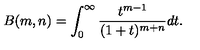
B ( m , n ) = \int _ { 0 } ^ { \infty } \frac { t ^ { m - 1 } } { ( 1 + t ) ^ { m + n } } d t .